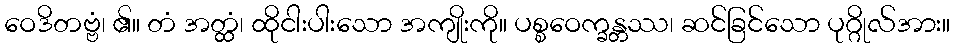
ဝေဒိတဗ္ဗံ၊ ၏။ တံ အတ္ထံ၊ ထိုငါးပါးသော အကျိုးကို။ ပစ္စဝေက္ခန္တဿ၊ ဆင်ခြင်သော ပုဂ္ဂိုလ်အား။